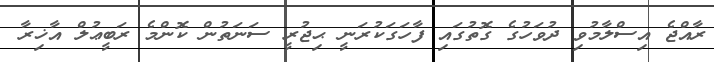
ރާއްޖެ އިސްލާމުވި ދުވަހުގެ ގޮތުގައި ފާހަގަކުރަނީ ޙިޖުރީ ސަނަތުން ކޮންމެ ރަބީޢުލް އާޚިރާ